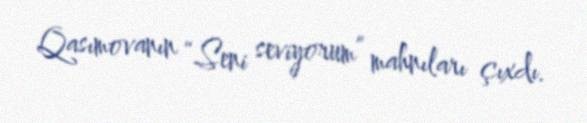
Qasımovanın “Seni seviyorum” mahnıları çıxdı.